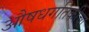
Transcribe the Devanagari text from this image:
औषधगतिकीचा